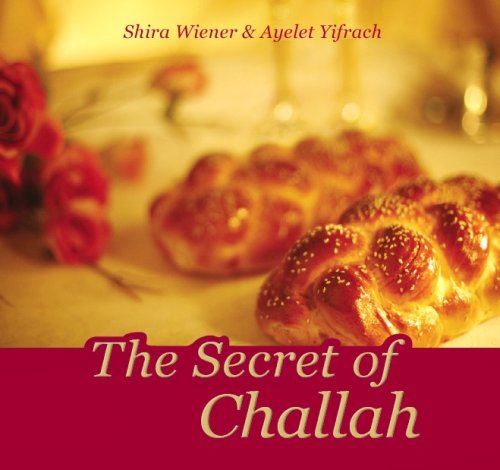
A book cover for The Secret of Challah; Shira Wiener and Ayelet Yifrach; Cookbooks, Food & Wine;